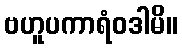
ဗဟူပကာရံဝဒါမိ။